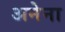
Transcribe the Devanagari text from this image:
अनेना